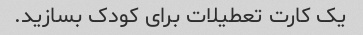
یک کارت تعطیلات برای کودک بسازید.